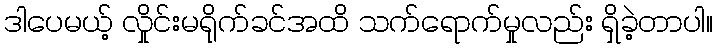
ဒါပေမယ့် လှိုင်းမရိုက်ခင်အထိ သက်ရောက်မှုလည်း ရှိခဲ့တာပါ။